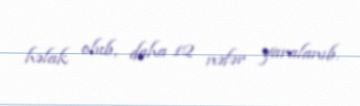
həlak olub, daha 12 nəfər yaralanıb.